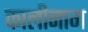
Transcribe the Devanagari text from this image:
कालीनाग